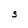
Character: S